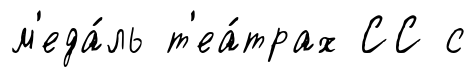
м'еда́ль т'еа́трах СС с